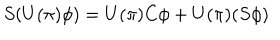
S ( U ( \pi ) \phi ) = U ( \pi ) C \phi + U ( \pi ) ( S \phi )